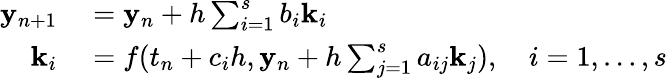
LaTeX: \begin{array}{rl}{\mathbf{y}_{n+1}}&{{}=\mathbf{y}_{n}+h\sum_{i=1}^{s}b_{i}\mathbf{k}_{i}}\\ {\mathbf{k}_{i}}&{{}=f(t_{n}+c_{i}h,\mathbf{y}_{n}+h\sum_{j=1}^{s}a_{ij}\mathbf{k}_{j}),\quad i=1,\ldots,s}\end{array}